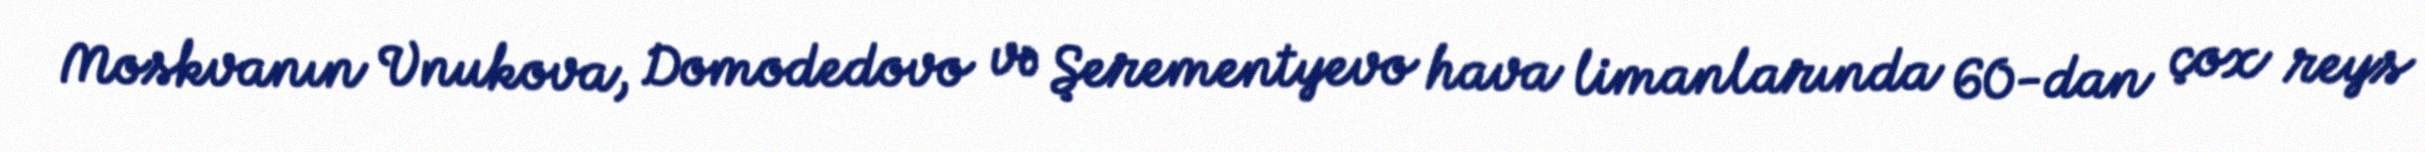
Moskvanın Vnukova, Domodedovo və Şerementyevo hava limanlarında 60-dan çox reys